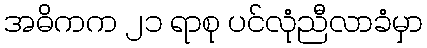
အဓိကက ၂၁ ရာစု ပင်လုံညီလာခံမှာ